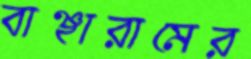
বাঞ্ছারামের